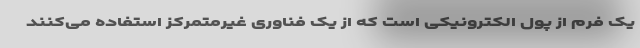
یک فرم از پول الکترونیکی است که از یک فناوری غیرمتمرکز استفاده می‌کنند